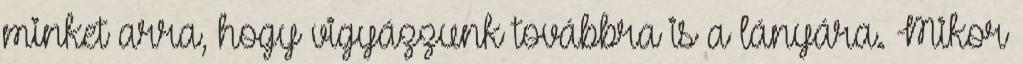
minket arra, hogy vigyázzunk továbbra is a lányára. Mikor